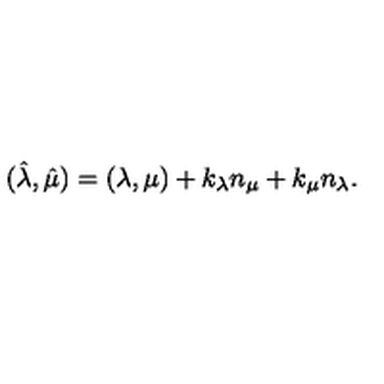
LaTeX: ( \hat { \lambda } , \hat { \mu } ) = ( \lambda , \mu ) + k _ { \lambda } n _ { \mu } + k _ { \mu } n _ { \lambda } .